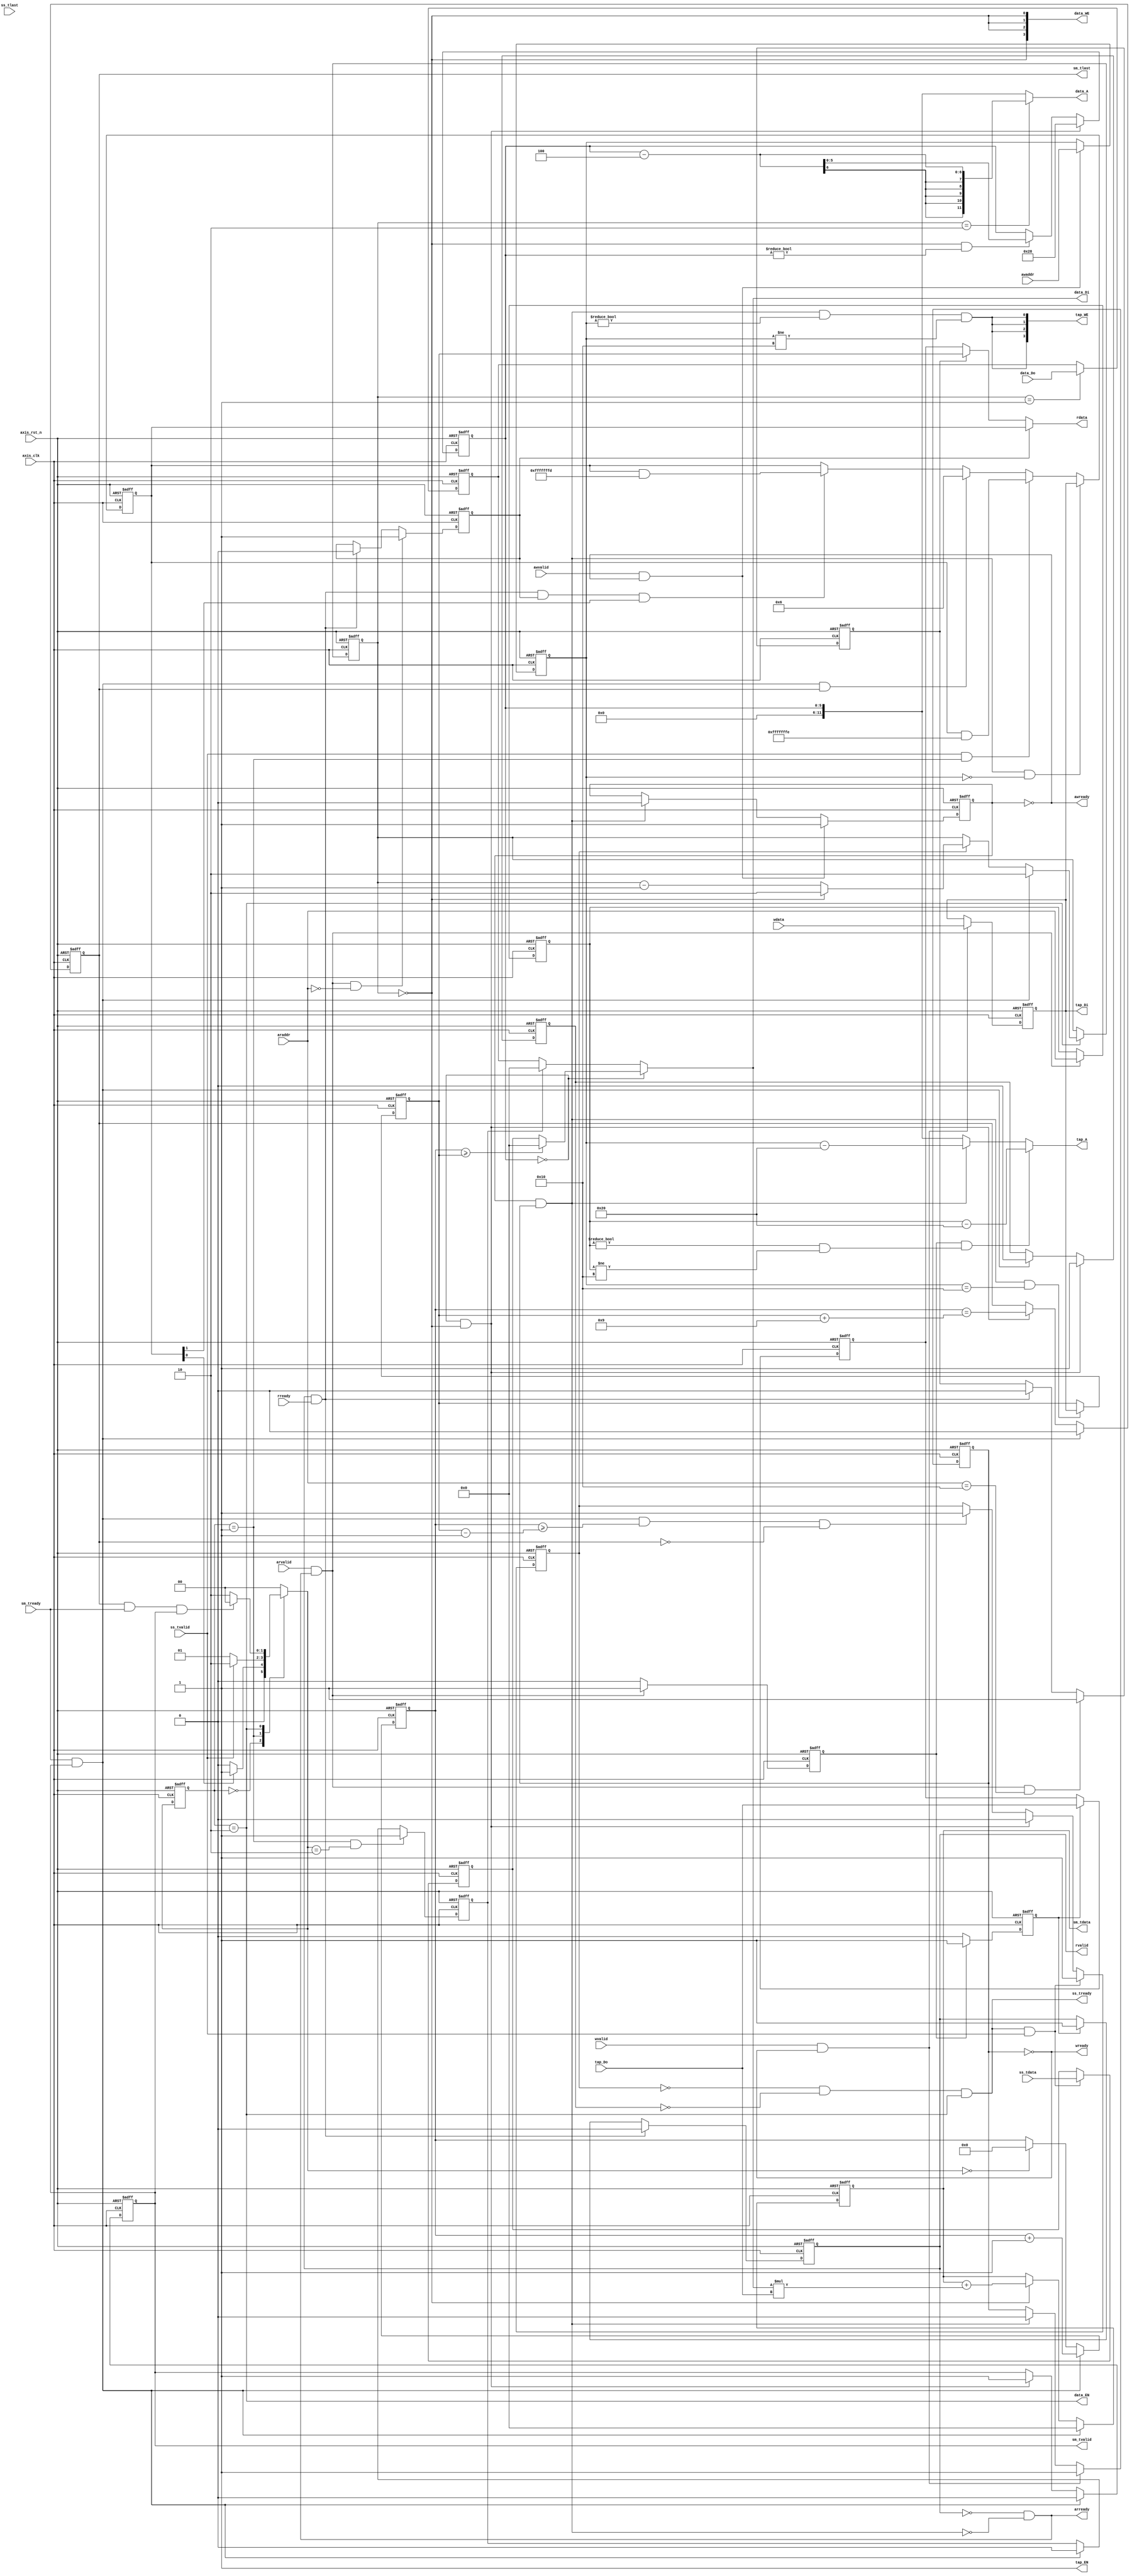
module fir 
#(  parameter pADDR_WIDTH = 12,
    parameter pDATA_WIDTH = 32,
    parameter Tape_Num    = 11
)
(
    output  wire                     awready,
    output  wire                     wready,
    input   wire                     awvalid,
    input   wire [(pADDR_WIDTH-1):0] awaddr,
    input   wire                     wvalid,
    input   wire [(pDATA_WIDTH-1):0] wdata,
    output  wire                     arready,
    input   wire                     rready,
    input   wire                     arvalid,
    input   wire [(pADDR_WIDTH-1):0] araddr,
    output  wire                     rvalid,
    output  reg [(pDATA_WIDTH-1):0] rdata,    
    input   wire                     ss_tvalid, 
    input   wire [(pDATA_WIDTH-1):0] ss_tdata, 
    input   wire                     ss_tlast, 
    output  reg                     ss_tready, 
    input   wire                     sm_tready, 
    output  reg                     sm_tvalid, 
    output  wire [(pDATA_WIDTH-1):0] sm_tdata, 
    output  reg                     sm_tlast, 
    
    // bram for tap RAM
    output  wire [3:0]               tap_WE,
    output  wire                     tap_EN,
    output  wire [(pDATA_WIDTH-1):0] tap_Di,
    output  reg [(pADDR_WIDTH-1):0] tap_A,
    input   wire [(pDATA_WIDTH-1):0] tap_Do,

    // bram for data RAM
    output  wire [3:0]               data_WE,
    output  wire                     data_EN,
    output  wire [(pDATA_WIDTH-1):0] data_Di,
    output  wire [(pADDR_WIDTH-1):0] data_A,
    input   wire [(pDATA_WIDTH-1):0] data_Do,

    input   wire                     axis_clk,
    input   wire                     axis_rst_n
);


    // write your code here!
    parameter IDLE = 2'b00, WAIT_FOR_DATA = 2'b01, COMPUTE = 2'b10,  RESET = 2'b11;
    reg [1:0] current_state, next_state;

    reg [(pDATA_WIDTH-1):0] configuration;
    reg [(pDATA_WIDTH-1):0] data_length;

    reg [(pADDR_WIDTH-1):0] axilite_write_addr;
    reg [(pDATA_WIDTH-1):0] axilite_write_data;
    reg axilite_wdata_received;
    reg axilite_waddr_received;
    reg axilite_write_en;

    //reg [(pADDR_WIDTH-1):0] axilite_reg_raddr;
    reg [(pDATA_WIDTH-1):0] axilite_read_reg;
    reg axilite_out_valid;
    reg wait_tapram_data;
    reg axilite_raddr_received;
    reg [(pADDR_WIDTH-1):0] axilite_read_addr;
    reg read_data_length;
    reg read_configuration;
    
    reg first_data;
    reg [5:0] shift_counter;
    wire data_write_en;
    reg [1:0] data_read_stage;
    reg computing, outputing;
    reg last_data;
    reg signed [(pDATA_WIDTH-1):0] data_received;
    reg [9:0] data_counter;

    reg signed [(pDATA_WIDTH-1):0] accumulated_result;
    wire signed [(pDATA_WIDTH-1):0] mult_result;
    reg signed [(pDATA_WIDTH-1):0] mult1;
    wire signed [(pDATA_WIDTH-1):0] mult2;
    reg signed [(pDATA_WIDTH-1):0] current_data;

    always@(*)begin
        case(current_state)
        IDLE:begin
            if(configuration[0] == 1) next_state = WAIT_FOR_DATA;
            else next_state = IDLE;
        end
        WAIT_FOR_DATA:begin
            if(ss_tvalid) next_state = COMPUTE;
            else next_state = WAIT_FOR_DATA;
        end
        COMPUTE:begin
            if(sm_tlast && sm_tready && sm_tvalid) next_state = IDLE;
            else next_state = COMPUTE;
        end
        default:begin
            next_state = IDLE;
        end
        endcase
    end

    always@(posedge axis_clk or negedge axis_rst_n)begin
        if(!axis_rst_n)begin
            current_state <= IDLE;
        end
        else begin
            current_state <= next_state;
        end
    end

    //-------------------------------------tap sram----------------------------------------------------
    assign tap_EN = 1;

    // axi lite write
    assign awready = !axilite_waddr_received;
    assign wready = !axilite_wdata_received;
    assign tap_WE = {4{axilite_write_en && axilite_write_addr != 12'h00 && axilite_write_addr != 12'h10}};
    assign tap_Di = axilite_write_data;

    always@(*)begin
        axilite_write_en = (axilite_waddr_received && axilite_wdata_received);
    end

    always@(posedge axis_clk or negedge axis_rst_n)begin
        if(!axis_rst_n)begin
            axilite_write_addr <= 0;
        end
        else begin
            if(awvalid && awready) axilite_write_addr <= awaddr;
            else axilite_write_addr <= axilite_write_addr;
        end
    end

    always@(posedge axis_clk or negedge axis_rst_n)begin
        if(!axis_rst_n)begin
            axilite_write_data <= 0;
        end
        else begin
            if(wvalid && wready) axilite_write_data <= wdata;
            else axilite_write_data <= axilite_write_data;
        end
    end

    always@(posedge axis_clk or negedge axis_rst_n)begin
        if(!axis_rst_n)begin
            axilite_waddr_received <= 0;
        end
        else begin
            if(awvalid && awready) axilite_waddr_received <= 1;
            else if(axilite_write_en) axilite_waddr_received <= 0;
            else axilite_waddr_received <= axilite_waddr_received;
        end
    end

    always@(posedge axis_clk or negedge axis_rst_n)begin
        if(!axis_rst_n)begin
            axilite_wdata_received <= 0;
        end
        else begin
            if(wvalid && wready) axilite_wdata_received <= 1;
            else if(axilite_write_en) axilite_wdata_received <= 0;
            else axilite_wdata_received <= axilite_wdata_received;
        end
    end

    // axi lite read
    assign arready = !rvalid && !axilite_write_en;
    assign rvalid = axilite_out_valid;

    always@(*)begin
        if(read_configuration) rdata = configuration;
        else if(read_data_length) rdata = data_length;
        else rdata = axilite_read_reg;
    end

    always@(posedge axis_clk or negedge axis_rst_n)begin
        if(!axis_rst_n)begin
            axilite_raddr_received <= 0;
        end
        else begin
            if(arvalid && arready) axilite_raddr_received <= 1;
            //else if(rvalid && rready) axilite_raddr_received <= 0;
            else axilite_raddr_received <= 0;
        end
    end

    always@(posedge axis_clk or negedge axis_rst_n)begin
        if(!axis_rst_n)begin
            axilite_read_addr <= 0;
        end
        else begin
            if(arvalid && arready) axilite_read_addr <= araddr;
            else axilite_read_addr <= axilite_read_addr;
        end
    end

    always@(posedge axis_clk or negedge axis_rst_n)begin
        if(!axis_rst_n)begin
            read_data_length <= 0;
        end
        else begin
            if(arvalid && arready && araddr == 12'h10) read_data_length <= 1;
            else if(rvalid && rready) read_data_length <= 0;
            else read_data_length <= read_data_length;
        end
    end

    always@(posedge axis_clk or negedge axis_rst_n)begin
        if(!axis_rst_n)begin
            read_configuration <= 0;
        end
        else begin 
            if(arvalid && arready && araddr == 12'h00) read_configuration <= 1;
            else if(rvalid && rready) read_configuration <= 0;
            else read_configuration <= read_configuration;
        end
    end

    always@(posedge axis_clk or negedge axis_rst_n)begin
        if(!axis_rst_n)begin
            wait_tapram_data <= 0;
        end
        else begin
            if(axilite_raddr_received) wait_tapram_data <= 1;
            else wait_tapram_data <= 0;
        end
    end

    always@(posedge axis_clk or negedge axis_rst_n)begin
        if(!axis_rst_n)begin
            axilite_read_reg <= 0;
        end
        else begin 
            if(wait_tapram_data) axilite_read_reg <= tap_Do;
            else axilite_read_reg <= axilite_read_reg;
        end
    end

    always@(posedge axis_clk or negedge axis_rst_n)begin
        if(!axis_rst_n)begin
            axilite_out_valid <= 0;
        end
        else begin
            if(rvalid && rready) axilite_out_valid <= 0;
            else if(wait_tapram_data) axilite_out_valid <= 1;
            else axilite_out_valid <= axilite_out_valid;
        end
    end

    // axi lite address control

    always@(*)begin
        if(axilite_raddr_received && (axilite_read_addr != 12'h00 && axilite_read_addr != 12'h10)) tap_A = axilite_read_addr-12'h20;
        else if(axilite_write_en) tap_A = axilite_write_addr - 12'h20;
        else tap_A = shift_counter;
    end

    // configuration and data length storage
    always@(posedge axis_clk or negedge axis_rst_n)begin
        if(!axis_rst_n)begin
            configuration <= 32'h0000_0004;
        end
        else begin
            if(axilite_write_en && axilite_write_addr == 12'h00) configuration <= axilite_write_data;
            else if(ss_tvalid && current_state == WAIT_FOR_DATA) configuration <= configuration & 32'hFFFF_FFFE;
            else if(sm_tready && sm_tvalid && sm_tlast) configuration <= 32'h0000_0006;
            else if(rready && rvalid && read_configuration && configuration[1] == 1) configuration <= configuration & 32'hFFFF_FFFD;
            else configuration <= configuration;
        end
    end

    always@(posedge axis_clk or negedge axis_rst_n)begin
        if(!axis_rst_n)begin
            data_length <= 0;
        end
        else begin
            if(axilite_write_en && axilite_write_addr == 12'h10) data_length <= axilite_write_data;
            else data_length <= data_length;
        end
    end

    //------------------------------------COMPUTE state logic-----------------------------------------------------------
    // data sram control
    assign data_EN = (current_state == COMPUTE);
    assign data_write_en = (data_read_stage == 0);
    assign data_WE = {4{data_write_en}};
    assign data_A = (data_read_stage == 2) ? shift_counter - 4 : shift_counter;
    //assign mult1 = (shift_counter == 0) ? data_received : (first_data) ? 0 : data_Do;
    assign mult2 = tap_Do;
    assign data_Di = mult1;
    assign mult_result = mult1 * mult2;
    assign sm_tdata = accumulated_result;

    always@(*)begin
        if(shift_counter == 0)begin
            if(data_counter >= data_length) mult1 = 0;
            else mult1 = data_received;
        end
        else begin
            if(first_data) mult1 = 0;
            else mult1 = current_data;
        end
    end

    always@(posedge axis_clk or negedge axis_rst_n)begin
        if(!axis_rst_n)begin
            data_counter <= 0;
        end
        else begin
            if(sm_tready && sm_tvalid) data_counter <= data_counter + 1;
            else if(next_state == IDLE) data_counter <= 0;
            else data_counter <= data_counter;
        end
    end
    
    always@(posedge axis_clk or negedge axis_rst_n)begin
        if(!axis_rst_n)begin
            data_received <= 0;
        end
        else begin
            if(ss_tready && ss_tvalid) data_received <= ss_tdata;
            else data_received <= data_received;
        end
    end

    always@(posedge axis_clk or negedge axis_rst_n)begin
        if(!axis_rst_n)begin
            last_data <= 0;
        end
        else begin
            if(next_state == IDLE) last_data <= 0;
            else if(ss_tready && ss_tvalid) last_data <= ss_tlast;
            else last_data <= last_data;
        end
    end

    always@(posedge axis_clk or negedge axis_rst_n)begin
        if(!axis_rst_n)begin
            computing <= 0;
        end
        else begin
            if(ss_tready && ss_tvalid) computing <= 1;
            else if(shift_counter == 0 && data_write_en) computing <= 0;
            else if(sm_tready && sm_tvalid && (data_counter >= data_length - 1) && !sm_tlast) computing <= 1;
            else computing <= computing;
        end
    end

    always@(posedge axis_clk or negedge axis_rst_n)begin
        if(!axis_rst_n)begin
            outputing <= 0;
        end
        else begin
            if(shift_counter == 0 && data_write_en) outputing <= 1;
            else if(sm_tready && sm_tvalid) outputing <= 0;
            else outputing <= outputing;
        end
    end

    always@(posedge axis_clk or negedge axis_rst_n)begin
        if(!axis_rst_n)begin
            data_read_stage <= 2;
        end
        else begin
            if(current_state ==COMPUTE)begin
                if(sm_tready && sm_tvalid) data_read_stage <= 2;
                else if(computing) begin
                    if(data_read_stage == 0) data_read_stage <= 2;
                    else data_read_stage <= data_read_stage - 1;
                end
                else data_read_stage <= data_read_stage;
            end
            else begin
                data_read_stage <= data_read_stage;
            end
        end
    end

    always@(posedge axis_clk or negedge axis_rst_n)begin
        if(!axis_rst_n)begin
            current_data <= 0;
        end
        else begin
            if(data_read_stage == 1) current_data <= data_Do;
            else current_data <= current_data;
        end
    end

    always@(posedge axis_clk or negedge axis_rst_n)begin
        if(!axis_rst_n)begin
            first_data <= 0;
        end
        else begin
            if(current_state == WAIT_FOR_DATA && next_state == COMPUTE) first_data <= 1;
            else if(sm_tready && sm_tvalid) first_data <= 0;
            else first_data <= first_data;
        end
    end

    always@(posedge axis_clk or negedge axis_rst_n)begin
        if(!axis_rst_n)begin
            shift_counter <= 40;
        end
        else begin
            if(shift_counter == 0 && data_write_en) shift_counter <= 40;
            else if(data_write_en && shift_counter != 0) shift_counter <= shift_counter - 4;
            else shift_counter <= shift_counter;
        end
    end

    always@(posedge axis_clk or negedge axis_rst_n)begin
        if(!axis_rst_n)begin
            accumulated_result <= 0;
        end
        else begin
            if(sm_tready && sm_tvalid) accumulated_result <= 0;
            else if(data_read_stage == 0) accumulated_result <= accumulated_result + mult_result;
            else accumulated_result <= accumulated_result;
        end
    end


    // ss control
    always@(*)begin
        ss_tready = (!computing && !outputing && current_state == COMPUTE);
    end

    // sm control
    always@(posedge axis_clk or negedge axis_rst_n)begin
        if(!axis_rst_n)begin
            sm_tvalid <= 0;
        end
        else begin
            if(sm_tready && sm_tvalid) sm_tvalid <= 0;
            else if(shift_counter == 0 && data_write_en) sm_tvalid <= 1;
            else sm_tvalid <= sm_tvalid;
        end
    end

    always@(posedge axis_clk or negedge axis_rst_n)begin
        if(!axis_rst_n)begin
            sm_tlast <= 0;
        end
        else begin
            if(sm_tvalid && sm_tready) sm_tlast <= 0;
            else if(shift_counter == 0 && data_write_en) sm_tlast <= (data_counter == data_length + 9);
            else sm_tlast <= sm_tlast;
        end
    end

    always@(posedge axis_clk or negedge axis_rst_n)begin
        if(!axis_rst_n)begin

        end
        else begin

        end
    end

    always@(posedge axis_clk or negedge axis_rst_n)begin
        if(!axis_rst_n)begin

        end
        else begin

        end
    end


endmodule